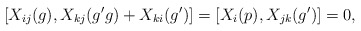
\begin{align*} [X_{ij}(g),X_{kj}(g'g)+X_{ki}(g')]=[X_{i}(p),X_{jk}(g')]=0, & \endline &\end{align*}